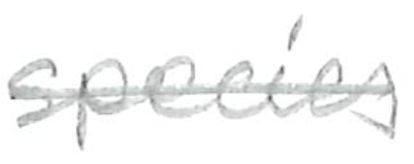
Text: species
Cross-out: mix
Writing tool: pencil